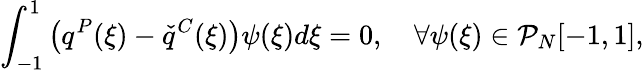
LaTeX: \int_{-1}^{1}\left(q^{P}(\xi)-\check{q}^{C}(\xi)\right)\psi(\xi)d\xi=0,\quad\forall\psi(\xi)\in\mathcal{P}_{N}[-1,1],